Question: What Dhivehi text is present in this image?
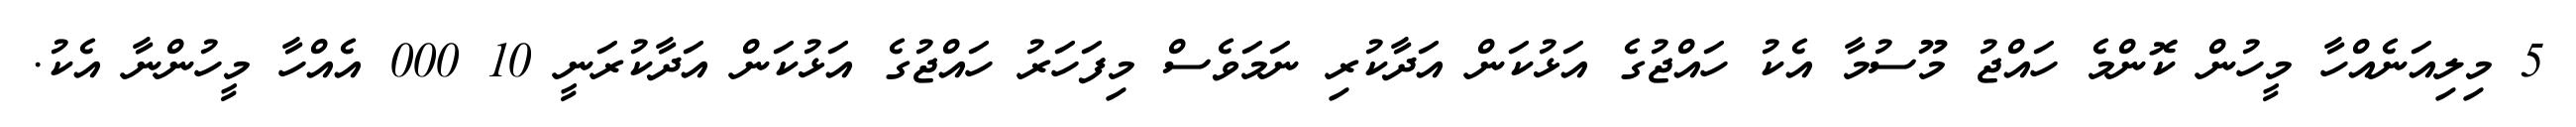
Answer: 5 މިލިއަނެއްހާ މީހުން ކޮންމެ ހައްޖު މޫސުމާ އެކު ހައްޖުގެ އަޅުކަން އަދާކުރި ނަމަވެސް މިފަހަރު ހައްޖުގެ އަޅުކަން އަދާކުރަނީ 10 000 އެއްހާ މީހުންނާ އެކު.